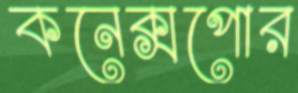
কনেক্সপোর